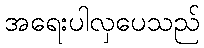
အရေးပါလှပေသည်